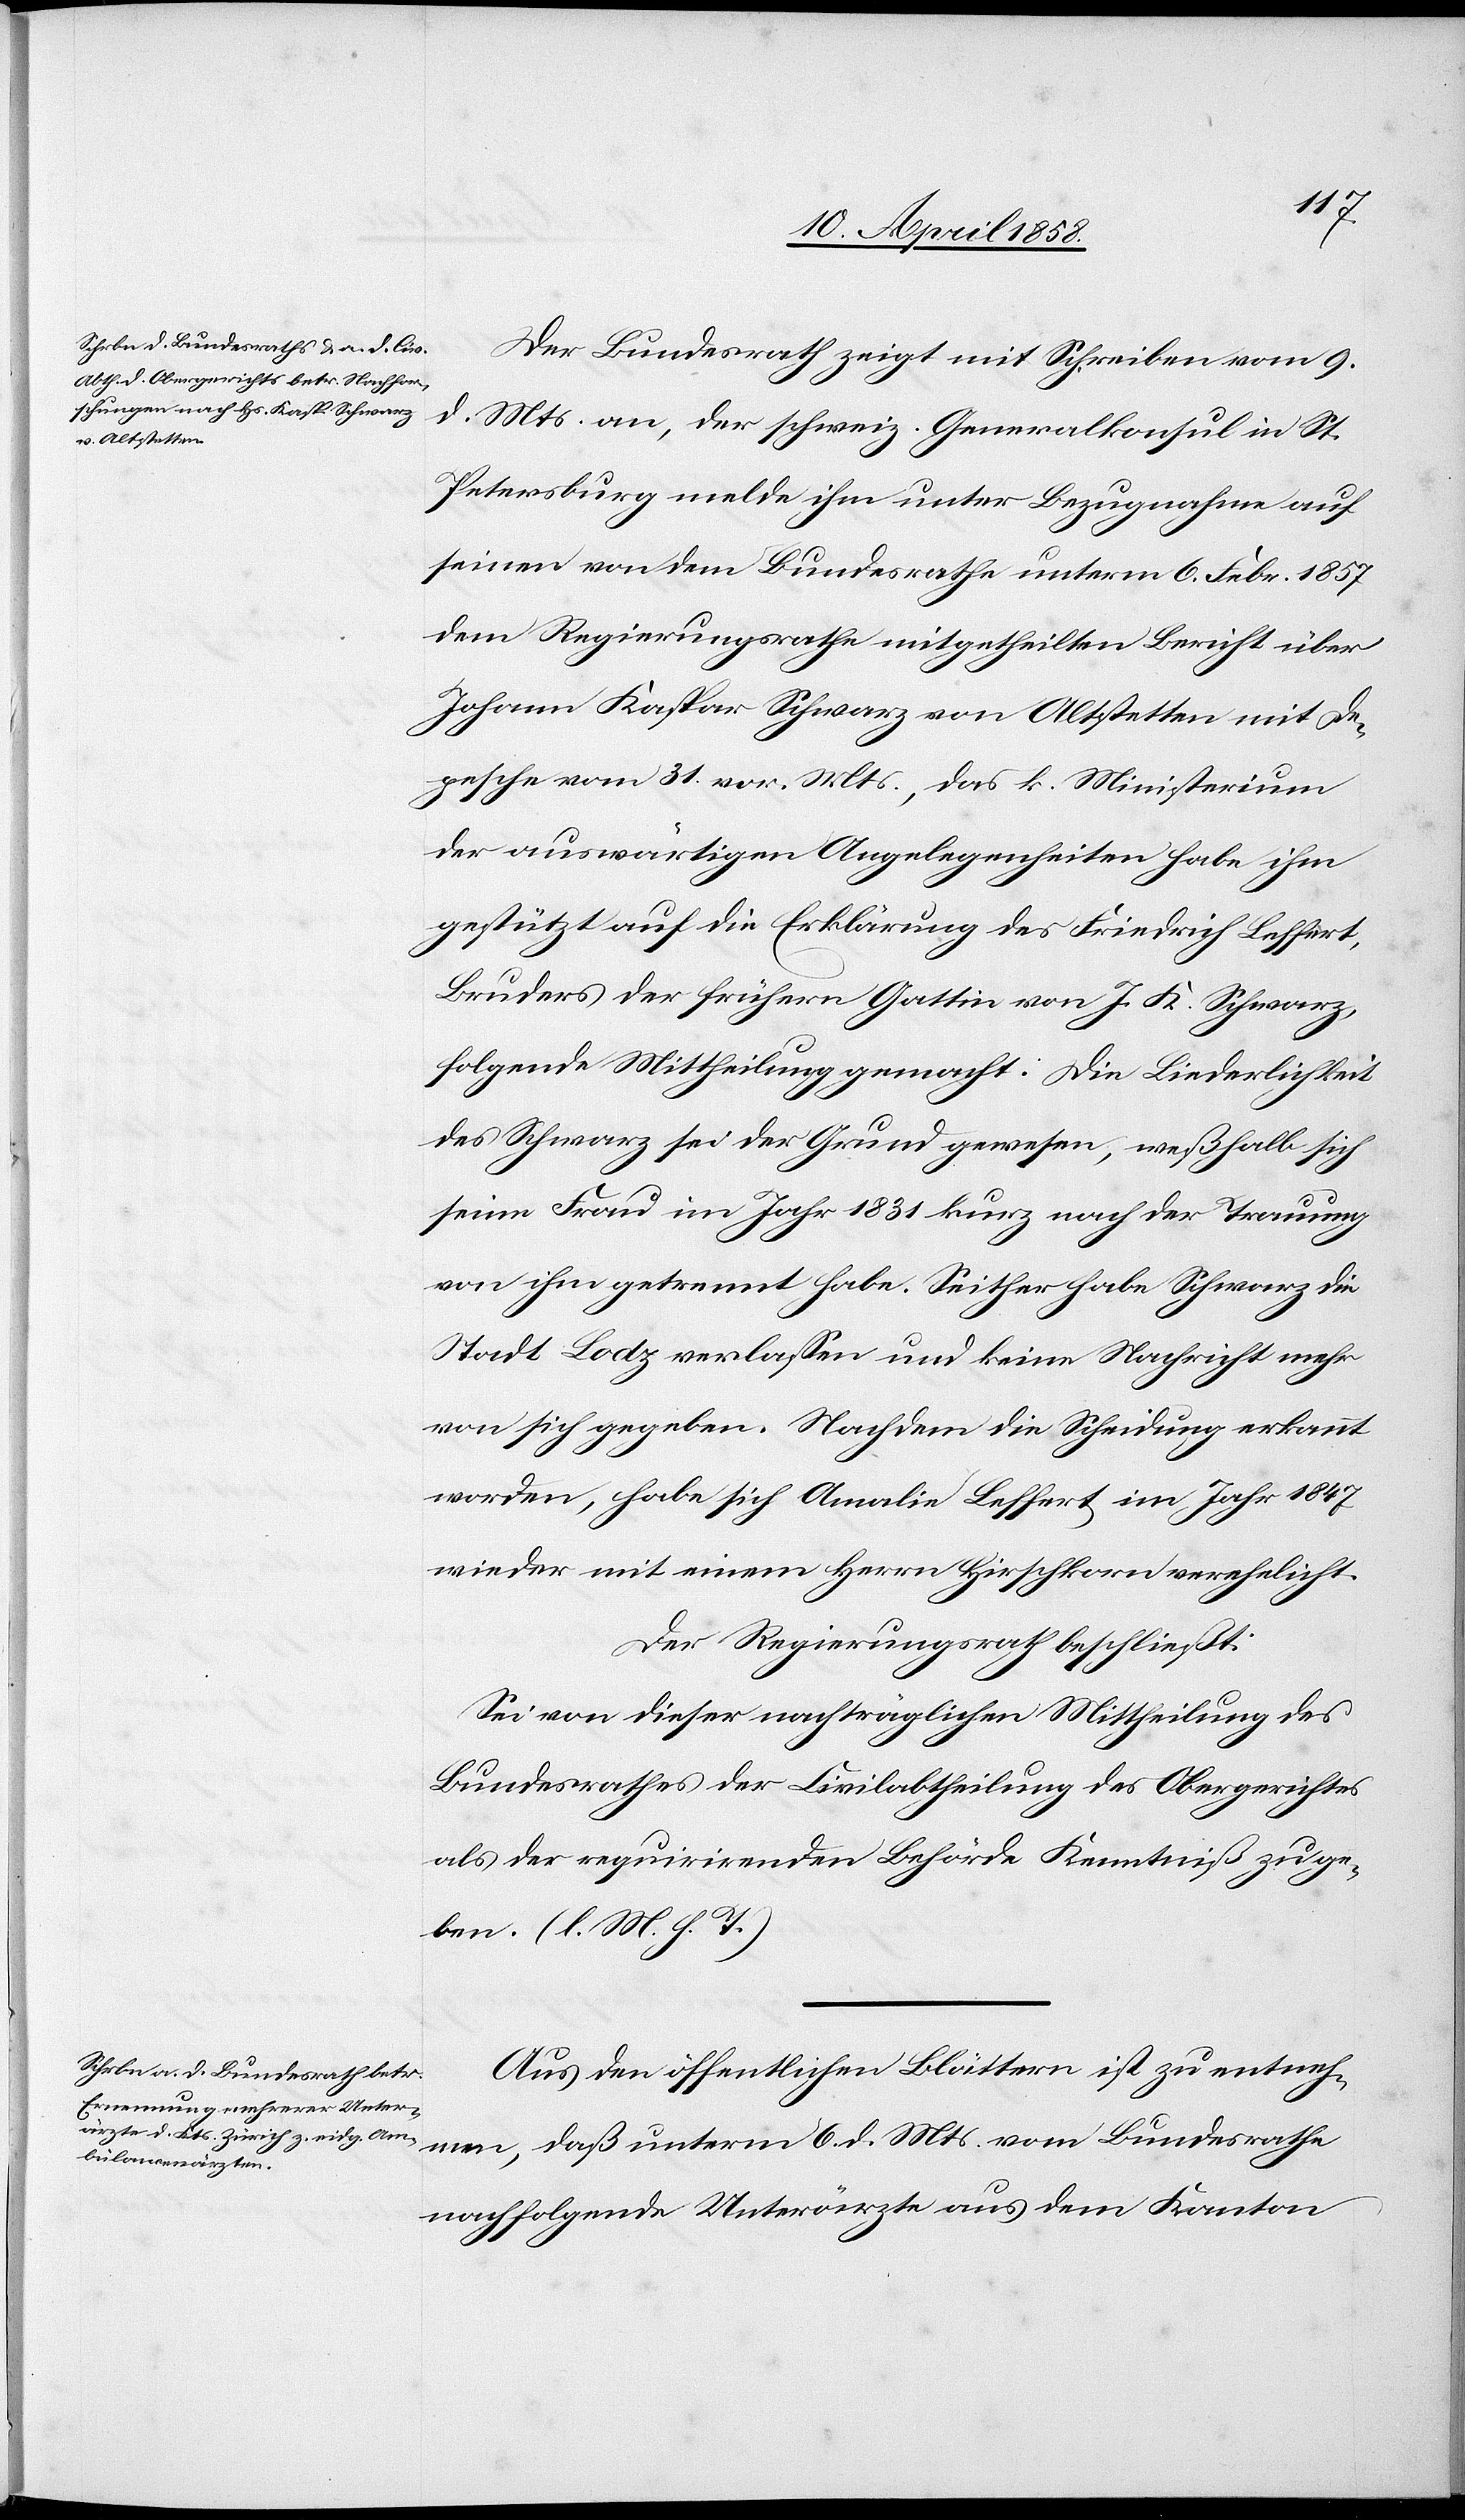
Der Bundesrath zeigt mit Schreiben vom 9.
d. Mts. an, der schweiz. Generalkonsul in St.
Petersburg melde ihm unter Bezugnahme auf
seinen von dem Bundesrathe unterm 6. Febr. 1857
dem Regierungsrathe mitgetheilten Bericht über
Johann Kaspar Schwarz von Altstetten mit De¬
pesche vom 31. vor. Mts., das k. Ministerium
der auswärtigen Angelegenheiten habe ihm
gestützt auf die Erklärung des Friedrich Leffert,
Bruders der frühern Gattin von J. K. Schwarz,
folgende Mittheilung gemacht: Die Biederlichkeit
des Schwarz sei der Grund gewesen, weßhalb sich
seine Frau im Jahr 1831 kurz nach der Trauung
von ihm getrennt habe. Seither habe Schwarz die
Stadt Lodz verlassen und keine Nachricht mehr
von sich gegeben. Nachdem die Scheidung erkannt
worden, habe sich Annalie Leffert im Jahr 1847
wieder mit einem Herrn Hirschkorn verehelicht.
Der Regierungsrath beschließt:
Sei von dieser nachträglichen Mittheilung des
Bundesrathes der Civilabtheilung des Obergerichtes
als der requirirenden Behörde Kenntniß zu ge¬
ben. (l. M. h. T.)
Aus den öffentlichen Blättern ist zu entneh¬
men, daß unterm 6. d. Mts. vom Bundesrathe
nachfolgende Unterärzte aus dem Kanton